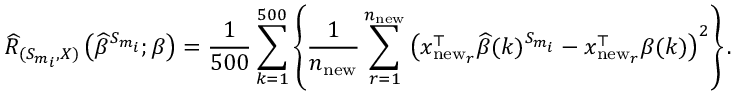
\widehat { R } _ { ( { S } _ { m _ { i } } , X ) } \left( \widehat { \beta } ^ { { S } _ { m _ { i } } } ; \beta \right) = \frac { 1 } { 5 0 0 } \sum _ { k = 1 } ^ { 5 0 0 } \left\{ \frac { 1 } { n _ { \mathrm { n e w } } } \sum _ { r = 1 } ^ { n _ { \mathrm { n e w } } } \left( x _ { \mathrm { n e w } _ { r } } ^ { \top } \widehat { \beta } ( k ) ^ { { S } _ { m _ { i } } } - x _ { \mathrm { n e w } _ { r } } ^ { \top } \beta ( k ) \right) ^ { 2 } \right\} .